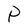
Character: P